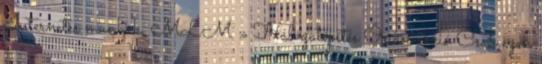
Internetes munkák, MLM » Hálózatépítés Óriási akció Csak ezen